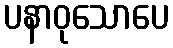
ပနာဝုသောပေ